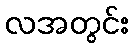
လအတွင်း